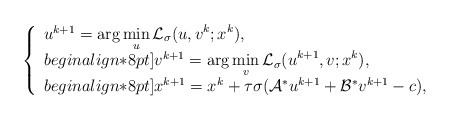
\begin{align*}\left\{\begin{array}{ll}u^{k+1} =\displaystyle\arg\min_{u} \mathcal{L}_\sigma(u,v^k; x^k),\\begin{align*}8pt]v^{k+1} = \displaystyle\arg\min_{v} \mathcal{L}_\sigma(u^{k+1},v; x^k), \\begin{align*}8pt]x^{k+1} = x^k + \tau\sigma(\mathcal{A}^*u^{k+1} + \mathcal{B}^*v^{k+1} - c),\end{array}\right.\end{align*}